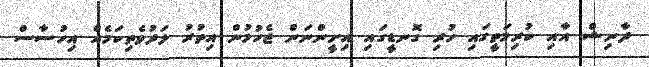
ދާނިޝް އާއި ކުރިމަތީގައި ހުރި ގޮނޑީގައި އިށީންނަން ޖެހުމުން އިތުރު ލަދުވެތިކަމެއް އިހުސާސް